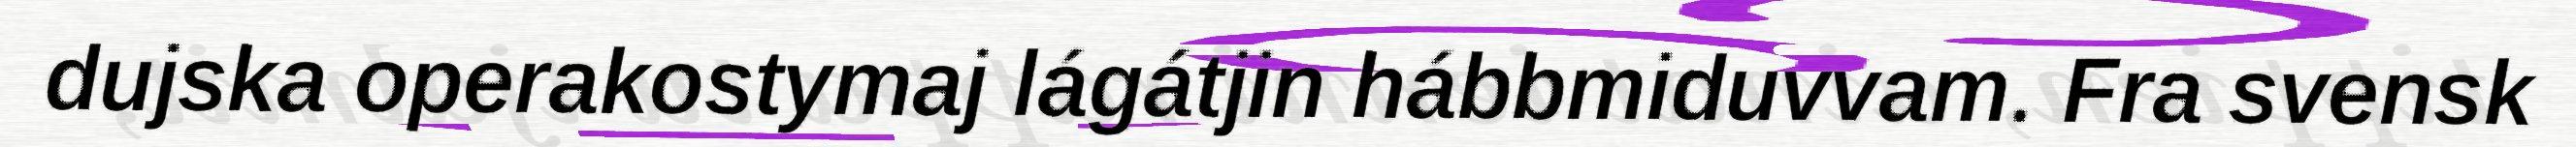
dujska operakostymaj lágátjin hábbmiduvvam. Fra svensk